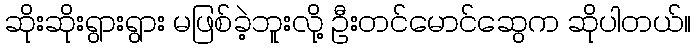
ဆိုးဆိုးရွားရွား မဖြစ်ခဲ့ဘူးလို့ ဦးတင်မောင်ဆွေက ဆိုပါတယ်။